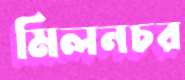
মিলনচর